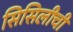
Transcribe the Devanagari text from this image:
सिसिलीची